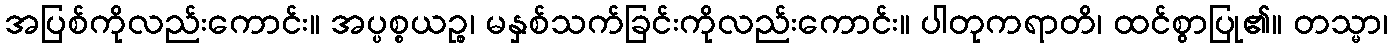
အပြစ်ကိုလည်းကောင်း။ အပ္ပစ္စယဉ္စ၊ မနှစ်သက်ခြင်းကိုလည်းကောင်း။ ပါတုကရာတိ၊ ထင်စွာပြု၏။ တသ္မာ၊